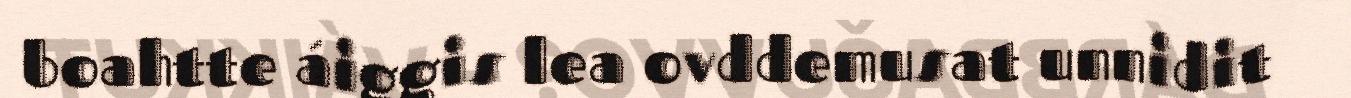
boahtte áiggis lea ovddemusat unnidit